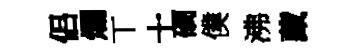
侣爛丅十磵僕沸藏